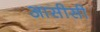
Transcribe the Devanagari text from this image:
आसीसी